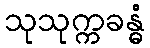
သုသုက္ကခန္ဓံ